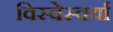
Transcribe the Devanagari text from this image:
विस्वेस्वर्या